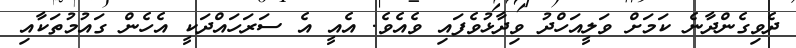
ދެވިގެންދާނެ ކަމަށް ވަލީއަހްދު ވިދާޅުވެފައި ވެއެވެ. އެއީ އެ ސަރަހައްދަކީ އެހެން ގައުމުތަކާއި